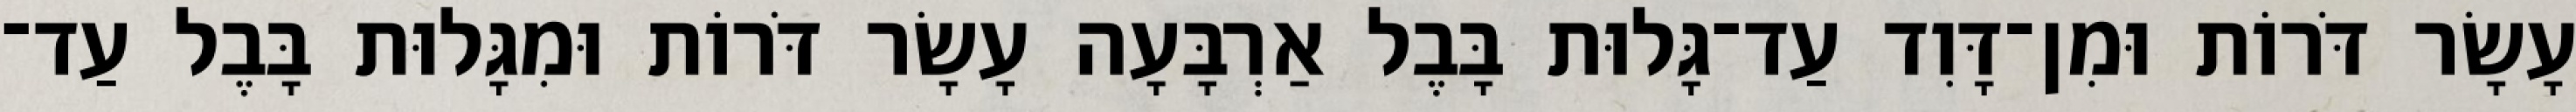
עָשָׂר דֹּרוֹת וּמִן־דָּוִד עַד־גָּלוּת בָּבֶל אַרְבָּעָה עָשָׂר דֹּרוֹת וּמִגָּלוּת בָּבֶל עַד־